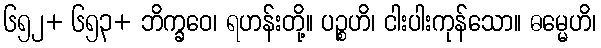
၆၅၂+ ၆၅၃+ ဘိက္ခဝေ၊ ရဟန်းတို့။ ပဉ္စဟိ၊ ငါးပါးကုန်သော။ ဓမ္မေဟိ၊